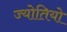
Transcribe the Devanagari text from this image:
ज्योतियो